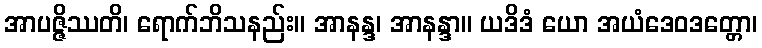
အာပဇ္ဇိဿတိ၊ ရောက်ဘိသနည်း။ အာနန္ဒ၊ အာနန္ဒာ။ ယဒိဒံ ယော အယံဒေဝဒတ္တော၊